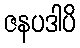
ဇနပဒါပိ